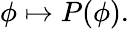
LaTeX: \phi\mapsto P(\phi).